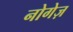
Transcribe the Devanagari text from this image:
नोगेज़